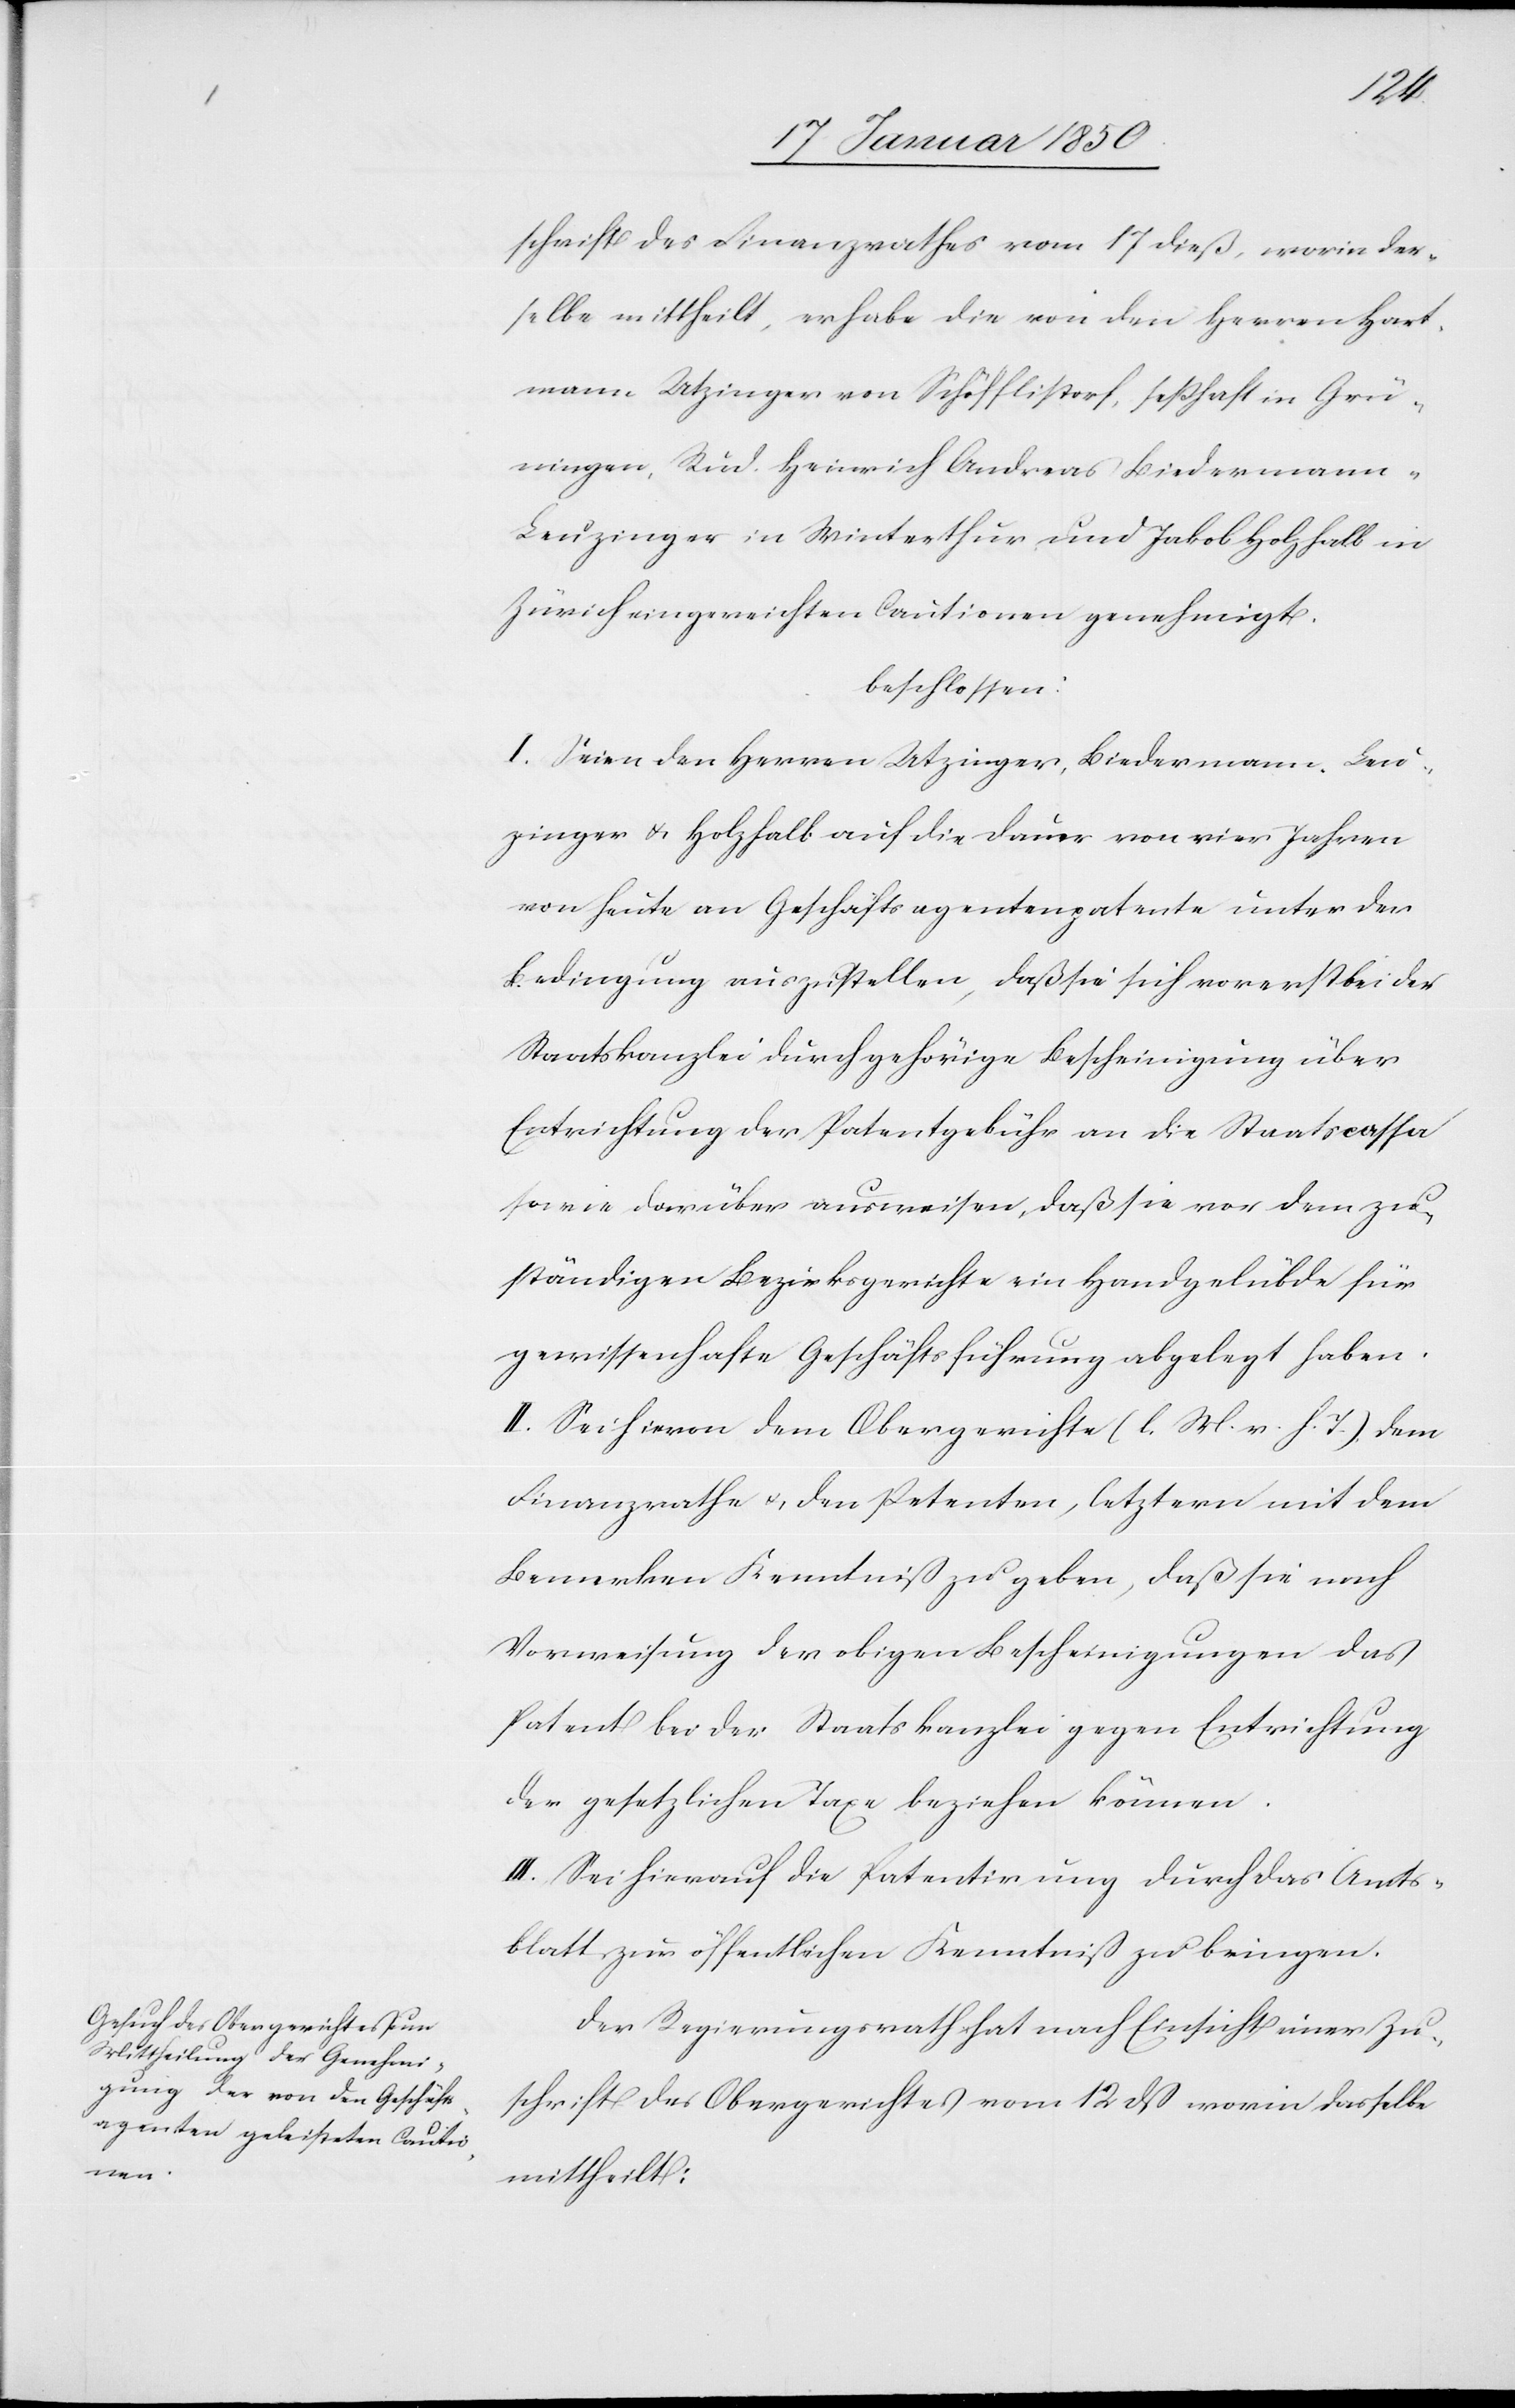
schrift des Finanzrathes vom 17 dieß, worin der¬
selbe mittheilt, er habe die von den Herren Hart¬
mann Utzinger von Schöfflistorf, seßhaft in Grü¬
ningen, Rud. Heinrich Andreas Biedermann-L¬
euzinger in Winterthur und Jakob Holzhalb in
Zürich eingereichten Cautionen genehmigt.
beschlossen:
I. Seien den Herren Utzinger, Biedermann-Leu¬
zinger u. Holzhalb auf die Dauer von vier Jahren
von heute an Geschäftsagentenpatente unter der
Bedingung auszustellen, daß sie sich vorerst bei der
Staatskanzlei durch gehörige Bescheinigung über
Entrichtung der Patentgebühr an die Staatscassa
sowie darüber ausweisen, daß sie von dem zu¬
ständigen Bezirksgerichte ein Handgelübde für
gewissenhafte Geschäftsführung abgelegt haben.
II. Sie hievon dem Obergerichte (l. M. v. h. T.) dem
Finanzrathe u., den Petenten, letztern mit dem
Bemerken Kenntniß zu geben, daß sie nach
Vorweisung der obigen Bescheinigungen das
Patent bei der Staatskanzlei gegen Entrichtung
der gesetzlichen Taxe beziehen können.
III. Sei hierauf die Patentirung durch das Amts¬
blatt zur öffentlichen Kenntniß zu bringen.
Der Regierungsrath hat nach Einsicht einer Zu¬
schrift des Obergerichtes vom 12 dß worin dasselbe
mittheilt: